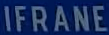
IFRANE